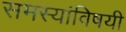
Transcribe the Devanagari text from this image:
समस्यांविषयी